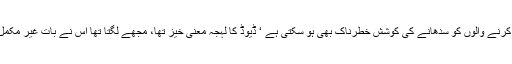
جنگل میں راج کرنے والوں کو سدھانے کی کوشش خطرناک بھی ہو سکتی ہے ‘ ڈیوڈ کا لہجہ معنی خیز تھا، مجھے لگتا تھا اس نے بات غیر مکمل چھوڑ دی ہے۔